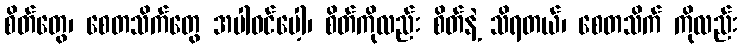
စိတ်တွေ၊ စေတသိက်တွေ အပါဝင်ပေါ့၊ စိတ်ကိုလည်း စိတ်နဲ့ သိရတယ်၊ စေတသိက် ကိုလည်း